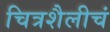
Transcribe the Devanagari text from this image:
चित्रशैलीचं